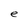
Character: e